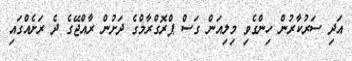
އަދި ސަރުކާރުން ހިންގެވި މިލިއަން ގަސް ޕްރޮގްރާމްގެ ދަށުން ރާއްޖޭގެ ދެ ރަށެއްގައި